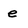
Character: e